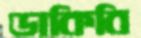
ডাকিবি